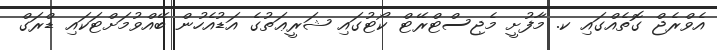
އެވްރެޖް ގޮތެއްގައި ކ. މާފުށީ މެޖިސްޓްރޭޓް ކޯޓުގައި ޝަރީޢަތުގެ އަޑުއެހުން ބޭއްވުމަށްޓަކައި ޑްރަގް